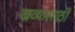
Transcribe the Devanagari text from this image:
खव्यासाठी